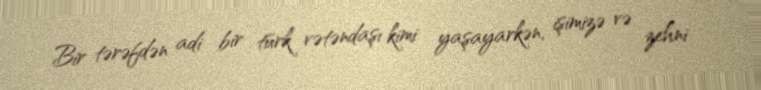
Bir tərəfdən adi bir türk vətəndaşı kimi yaşayarkən, işimizə və zehni